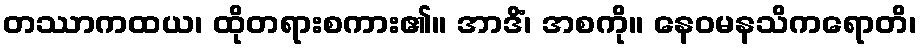
တဿာကထယ၊ ထိုတရားစကား၏။ အာဒိံ၊ အစကို။ နေဝမနသိကရောတိ၊